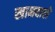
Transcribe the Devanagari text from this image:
खानवाले